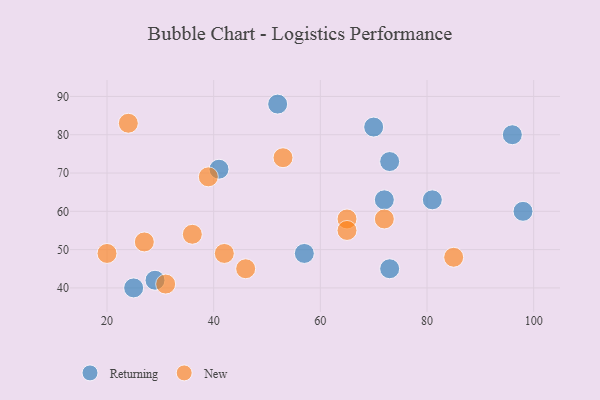
{"axis": {"x": "GDP", "y": "Life Expectancy"}, "legend": ["New", "Returning"], "data": [{"x": "25", "y": 40, "type": "Returning"}, {"x": "70", "y": 82, "type": "Returning"}, {"x": "52", "y": 88, "type": "Returning"}, {"x": "72", "y": 63, "type": "Returning"}, {"x": "57", "y": 49, "type": "Returning"}, {"x": "81", "y": 63, "type": "Returning"}, {"x": "96", "y": 80, "type": "Returning"}, {"x": "98", "y": 60, "type": "Returning"}, {"x": "29", "y": 42, "type": "Returning"}, {"x": "73", "y": 45, "type": "Returning"}, {"x": "73", "y": 73, "type": "Returning"}, {"x": "41", "y": 71, "type": "Returning"}, {"x": "31", "y": 41, "type": "New"}, {"x": "65", "y": 58, "type": "New"}, {"x": "65", "y": 55, "type": "New"}, {"x": "36", "y": 54, "type": "New"}, {"x": "27", "y": 52, "type": "New"}, {"x": "46", "y": 45, "type": "New"}, {"x": "24", "y": 83, "type": "New"}, {"x": "42", "y": 49, "type": "New"}, {"x": "20", "y": 49, "type": "New"}, {"x": "53", "y": 74, "type": "New"}, {"x": "39", "y": 69, "type": "New"}, {"x": "72", "y": 58, "type": "New"}, {"x": "85", "y": 48, "type": "New"}]}